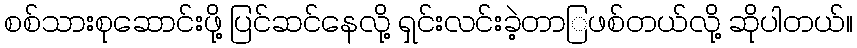
စစ်သားစုဆောင်းဖို့ ပြင်ဆင်နေလို့ ရှင်းလင်းခဲ့တာြဖစ်တယ်လို့ ဆိုပါတယ်။